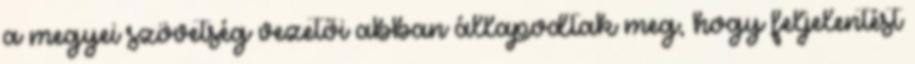
a megyei szövetség vezetői abban állapodtak meg, hogy feljelentést